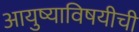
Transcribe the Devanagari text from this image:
आयुष्याविषयीची